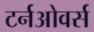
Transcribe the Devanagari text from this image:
टर्नओवर्स